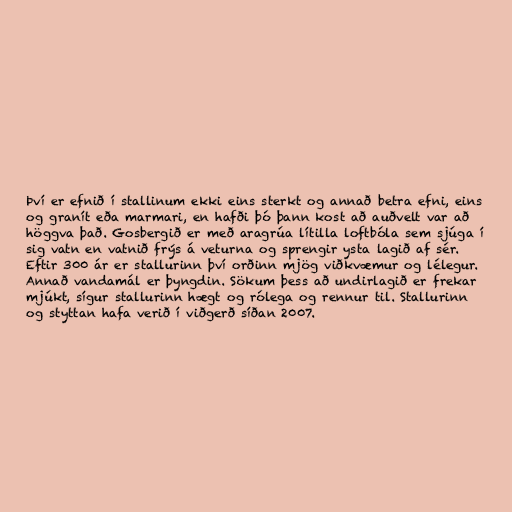
Því er efnið í stallinum ekki eins sterkt og annað betra efni, eins
og granít eða marmari, en hafði þó þann kost að auðvelt var að
höggva það. Gosbergið er með aragrúa lítilla loftbóla sem sjúga í
sig vatn en vatnið frýs á veturna og sprengir ysta lagið af sér.
Eftir 300 ár er stallurinn því orðinn mjög viðkvæmur og lélegur.
Annað vandamál er þyngdin. Sökum þess að undirlagið er frekar
mjúkt, sígur stallurinn hægt og rólega og rennur til. Stallurinn
og styttan hafa verið í viðgerð síðan 2007.